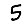
Digit: 5